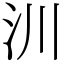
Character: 汌